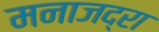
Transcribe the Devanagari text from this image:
मनाजद्रा